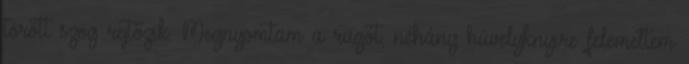
törött szög rejtőzik. Megnyomtam a rugót, néhány hüvelyknyire felemeltem